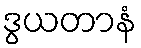
ဒွယတာနံ